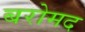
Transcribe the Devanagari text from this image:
बरोमद